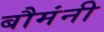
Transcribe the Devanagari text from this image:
बौमंनी